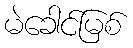
မဲခေါင်မြစ်